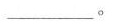
___。